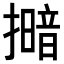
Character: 𢶹